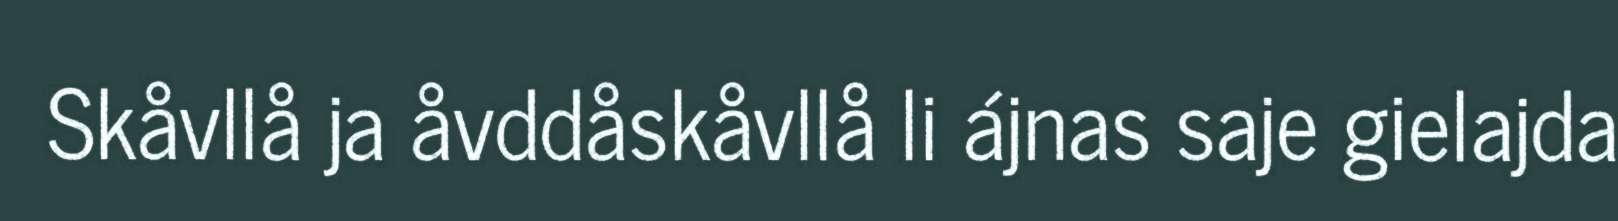
Skåvllå ja åvddåskåvllå li ájnas saje gielajda